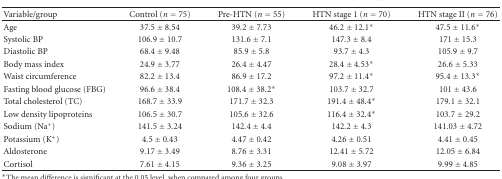
<table><thead><tr><td><b>Variable/group</b></td><td><b>Control (<i>n</i> = 75)</b></td><td><b>Pre-HTN (<i>n</i> = 55)</b></td><td><b>HTN stage 1 (<i>n</i> = 70)</b></td><td><b>HTN stage II (<i>n</i> = 76)</b></td></tr></thead><tbody><tr><td>Age</td><td>37.5 ± 8.54</td><td>39.2 ± 7.73</td><td>46.2 ± 12.1<sup>∗</sup></td><td>47.5 ± 11.6<sup>∗</sup></td></tr><tr><td>Systolic BP</td><td>106.9 ± 10.7</td><td>131.6 ± 7.1</td><td>147.3 ± 8.4</td><td>171 ± 15.3</td></tr><tr><td>Diastolic BP</td><td>68.4 ± 9.48</td><td>85.9 ± 5.8</td><td>93.7 ± 4.3</td><td>105.9 ± 9.7</td></tr><tr><td>Body mass index</td><td>24.9 ± 3.77</td><td>26.4 ± 4.47</td><td>28.4 ± 4.53<sup>∗</sup></td><td>26.6 ± 5.33</td></tr><tr><td>Waist circumference</td><td>82.2 ± 13.4</td><td>86.9 ± 17.2</td><td>97.2 ± 11.4<sup>∗</sup></td><td>95.4 ± 13.3<sup>∗</sup></td></tr><tr><td>Fasting blood glucose (FBG)</td><td>96.6 ± 38.4</td><td>108.4 ± 38.2<sup>∗</sup></td><td>103.7 ± 32.7</td><td>101 ± 43.6</td></tr><tr><td>Total cholesterol (TC)</td><td>168.7 ± 33.9</td><td>171.7 ± 32.3</td><td>191.4 ± 48.4<sup>∗</sup></td><td>179.1 ± 32.1</td></tr><tr><td>Low density lipoproteins</td><td>106.5 ± 30.7</td><td>105.6 ± 32.6</td><td>116.4 ± 32.4<sup>∗</sup></td><td>103.7 ± 29.2</td></tr><tr><td>Sodium (Na<sup>+</sup>)</td><td>141.5 ± 3.24</td><td>142.4 ± 4.4</td><td>142.2 ± 4.3</td><td>141.03 ± 4.72</td></tr><tr><td>Potassium (K<sup>+</sup>)</td><td>4.5 ± 0.43</td><td>4.47 ± 0.42</td><td>4.26 ± 0.51</td><td>4.41 ± 0.45</td></tr><tr><td>Aldosterone</td><td>9.17 ± 3.49</td><td>8.76 ± 3.31</td><td>12.41 ± 5.72</td><td>12.05 ± 6.84</td></tr><tr><td>Cortisol</td><td>7.61 ± 4.15</td><td>9.36 ± 3.25</td><td>9.08 ± 3.97</td><td>9.99 ± 4.85</td></tr></tbody></table>